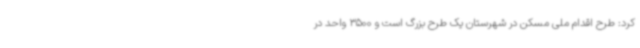
کرد: طرح اقدام ملی مسکن در شهرستان یک طرح بزرگ است و 3500 واحد در